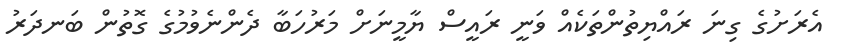
އެރަށުގެ ގިނަ ރައްޔިތުންތަކެއް ވަނީ ރައީސް ޔާމީނަށް މަރުހަބާ ދެންނެވުމުގެ ގޮތުން ބަނދަރު